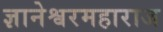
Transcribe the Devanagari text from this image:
ज्ञानेश्वरमहाराज